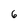
Character: 6